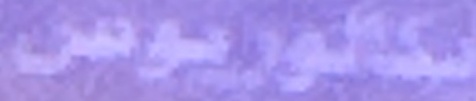
بكالوريوس